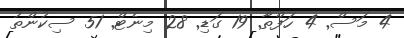
4 މަސް